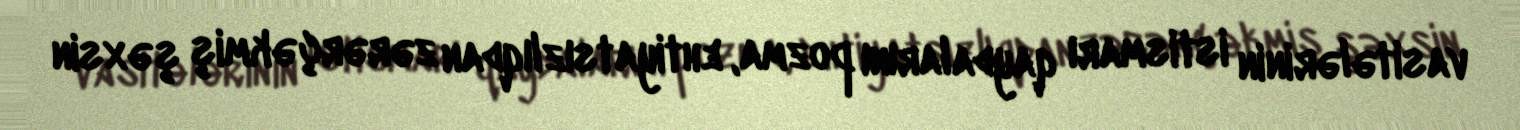
vasitələrinin istismarı qaydalarını pozma, ehtiyatsızlıqdan zərərçəkmiş şəxsin